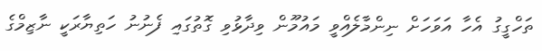
ތަހްގީގު އެހާ އަވަހަށް ނިންމާލެއްވީ މައުމޫން ވިދާޅުވި ގޮތުގައި ފެނުނު ހަތިޔާރަކީ ނާޒިމްގެ